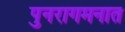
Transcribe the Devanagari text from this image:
पुनरागमनात